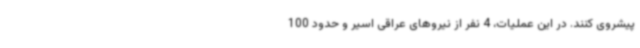
پیشروی کنند. در این عملیات، 4 نفر از نیروهای عراقی اسیر و حدود 100